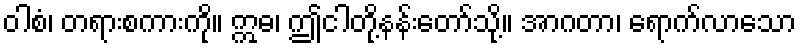
ဝါစံ၊ တရားစကားကို။ ဣဓ၊ ဤငါတို့နန်းတော်သို့။ အာဂတာ၊ ရောက်လာသော